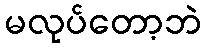
မလုပ်တော့ဘဲ